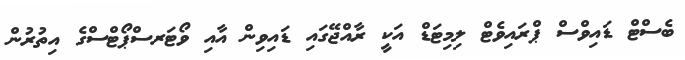
ބެސްޓް ޑައިވްސް ޕްރައިވެޓް ލިމިޓަޑް އަކީ ރާއްޖޭގައި ޑައިވިން އާއި ވޯޓަރސްޕޯޓްސްގެ އިތުރުން